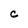
Character: C